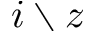
i \setminus z